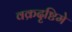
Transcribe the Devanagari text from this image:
वक्रदृष्टिमे